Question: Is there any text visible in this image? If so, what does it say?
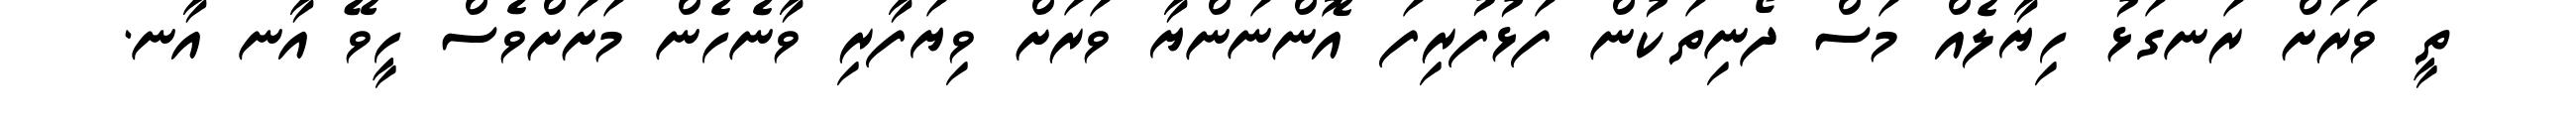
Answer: ތީ ވަރަށް ރަނގަޅު ހިޔާލެއް މަސް ދޯނިތަކުން ފަޅުފުރިފަ އޮންނަންޔާ ވަރަށް ވިޔަފާރި ވާނެހެން މަށަށްވެސް ހީވޭ އާނ އާނ.